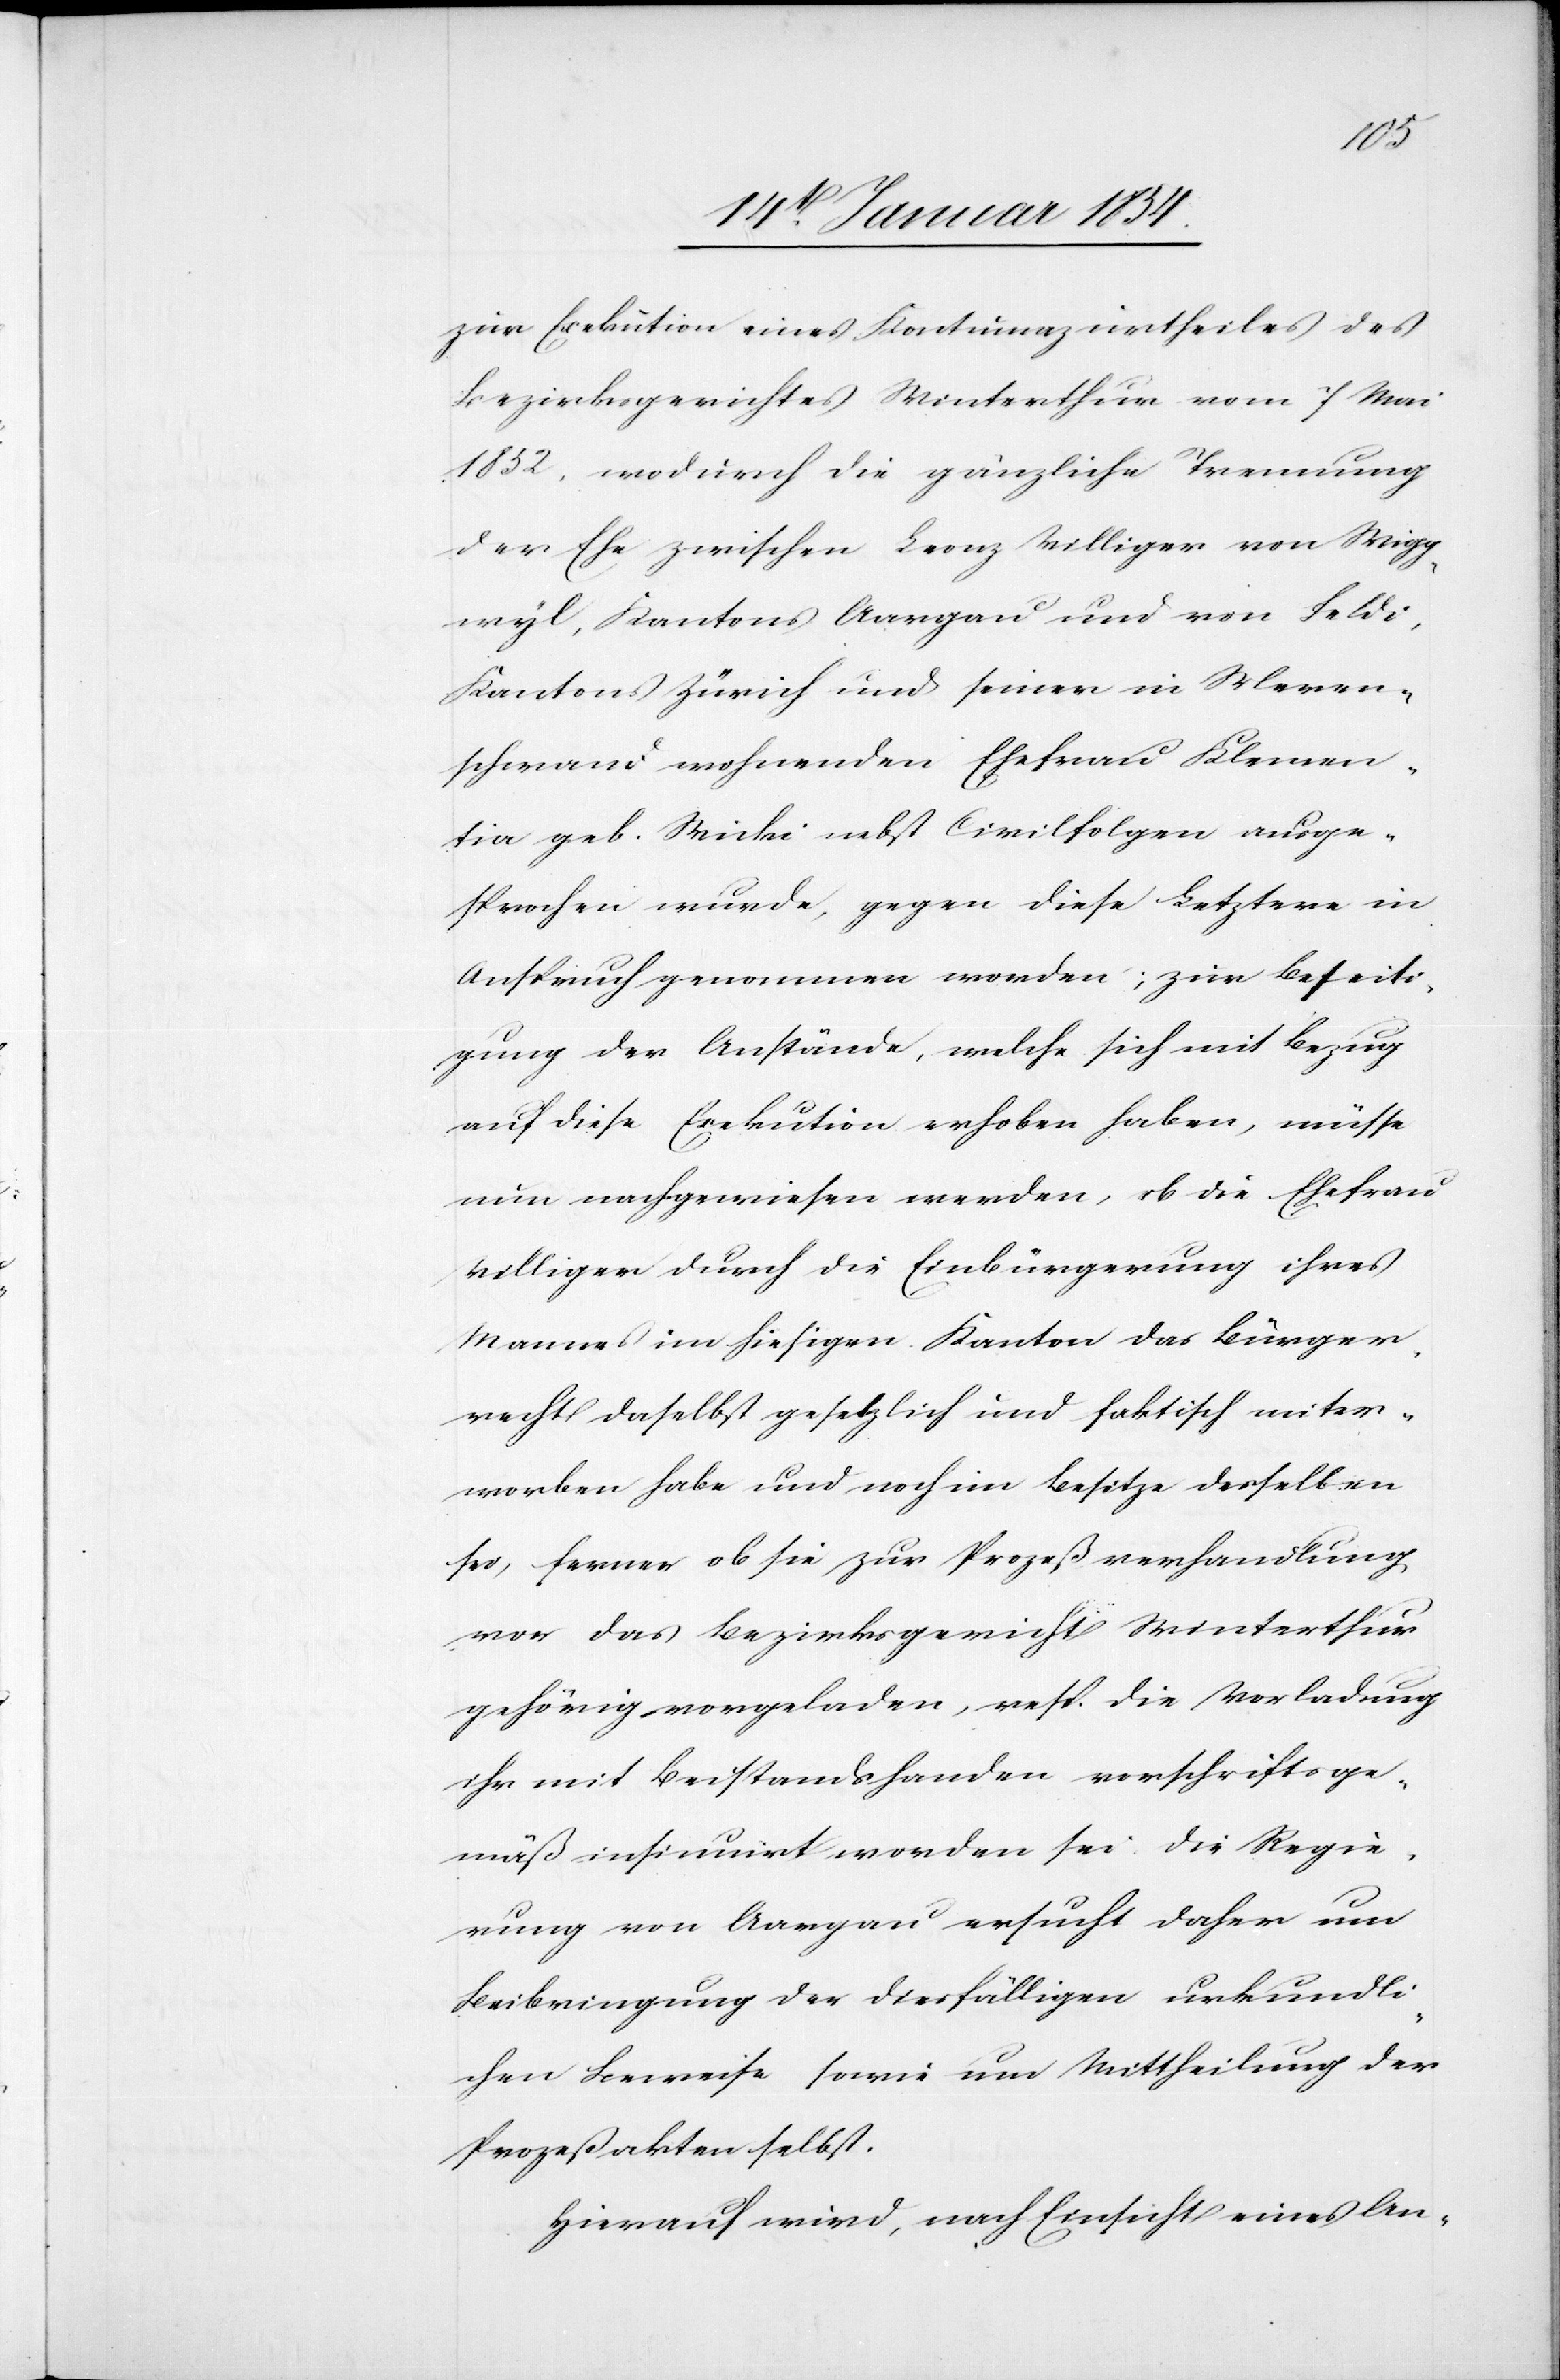
zur Exekution eines Kontumazurtheiles des
Bezirksgerichtes Winterthur vom 7 Mai
1852, wodurch die gänzliche Trauung
der Ehe zwischen Leonz Villiger von Wigg¬
wyl, Kantons Aargau und von Feldi,
Kantons Zürich und seiner in Meren¬
schwand wohnenden Ehefrau Klemen¬
tia geb. Wicki nebst Civilfolgen ausge¬
sprochen wurde, gegen diese Letztere in
Anspruch genommen worden; zur Beseiti¬
gung der Anstände, welche sich mit Bezug
auf diese Exekution erhoben haben, müsse
nun nachgewiesen werden, ob die Ehefrau
Villiger durch die Einbürgerung ihres
Mannes im hiesigen Kanton das Bürger¬
recht daselbst gesetzlich und faktisch miter¬
worben habe und noch im Besitze desselben
sei, ferner ob sie zur Prozessverhandlung
vor das Bezirksgericht Winterthur
gehörig vorgeladen, resp. die Vorladung
ihr mit Beistandshanden vorschriftsge¬
mäß insinuirt worden sei. Die Regie¬
rung von Aargau ersucht daher nun
Beibringung der diesfälligen urkundli¬
chen Beweise sowie um Mittheilung der
Prozeßakten selbst.
Hierauf wird, nach Einsicht eines An-